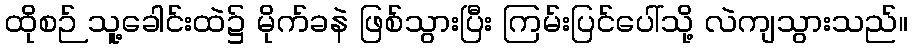
ထိုစဉ် သူ့ခေါင်းထဲ၌ မိုက်ခနဲ ဖြစ်သွားပြီး ကြမ်းပြင်ပေါ်သို့ လဲကျသွားသည်။